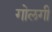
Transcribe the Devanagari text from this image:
गोलगी